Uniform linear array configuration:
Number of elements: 4
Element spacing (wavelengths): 0.5
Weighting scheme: binomial
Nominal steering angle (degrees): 60
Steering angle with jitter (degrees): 60.488
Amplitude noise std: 0.05
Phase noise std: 0.05

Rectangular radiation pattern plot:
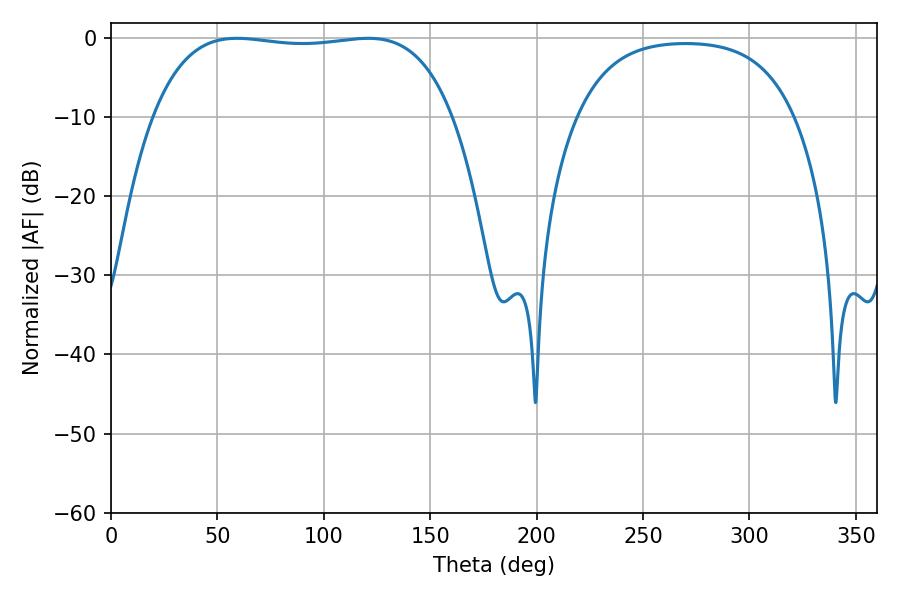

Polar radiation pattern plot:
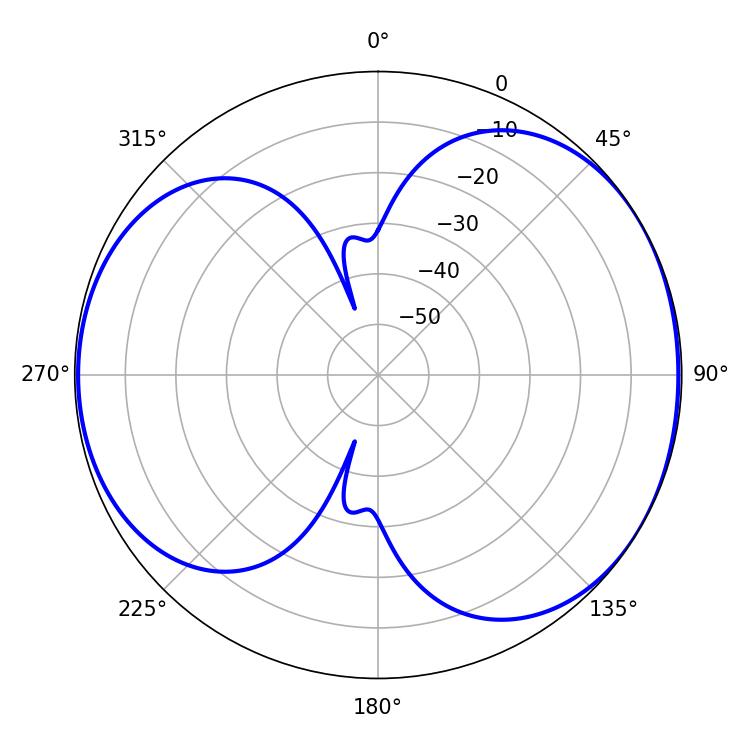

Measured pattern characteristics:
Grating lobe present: FALSE
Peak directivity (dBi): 5.243
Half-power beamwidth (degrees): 111.6
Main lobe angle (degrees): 120.78